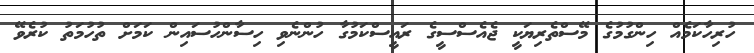
ހުރިހާކަމެއް ހިންގުމުގެ މޭސްތެރިޔަކީ ޖެއެސްސީގެ ރައީސްކަމުގާ ހުންނެވި ހިސާންހުސައިން ކަމަށް ތުހުމަތު ކުރެވޭ